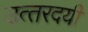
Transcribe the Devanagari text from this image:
उत्‍तरदयी